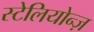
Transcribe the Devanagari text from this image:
स्टेलियोन्ज़